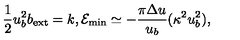
\frac { 1 } { 2 } u _ { b } ^ { 2 } b _ { \mathrm { e x t } } = k , { \cal E } _ { \mathrm { m i n } } \simeq - \frac { \pi \Delta u } { u _ { b } } ( \kappa ^ { 2 } u _ { b } ^ { 2 } ) ,